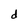
Character: d